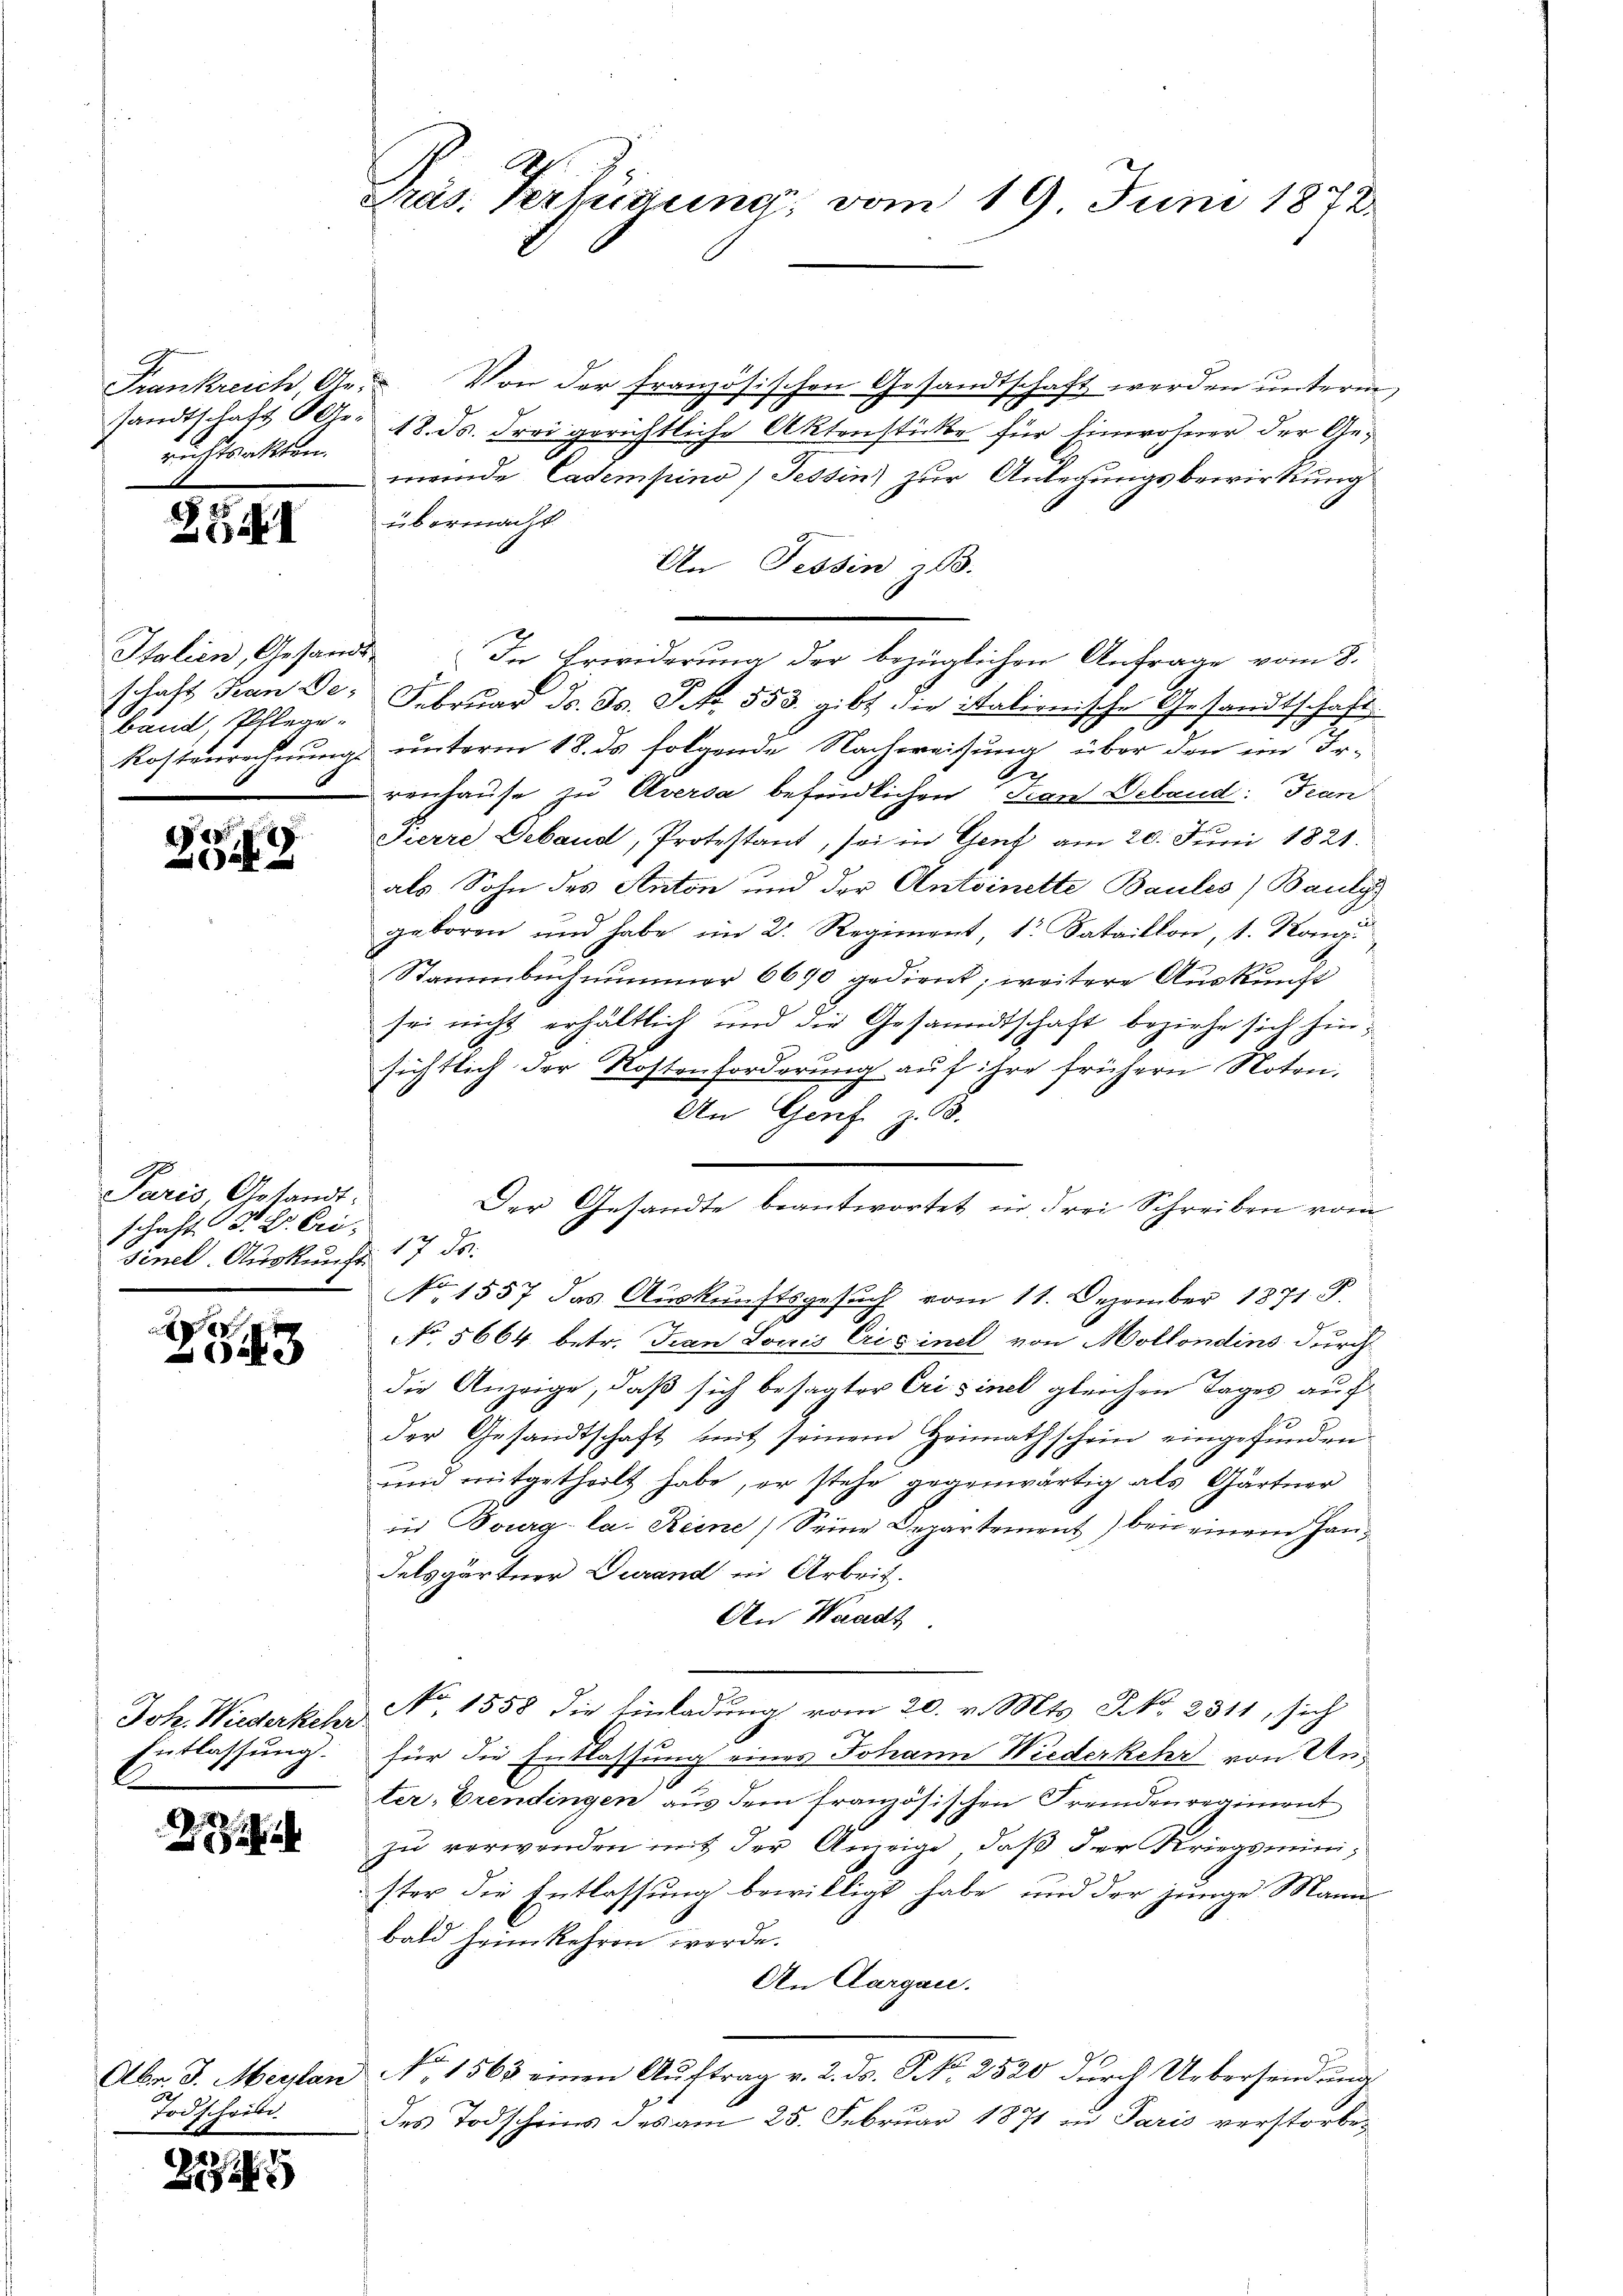
richtsakten.

XI

Italien, Gesandt
band, Pflege-
t

2349

Paris, Arsandt-
schaft d. B. Erisénel. Auskunft 17 ds.

8
043

Entlassung.

2

2
Todschein

2

Frankreich, Ge- Von der französischen Gesandtschaft werden unterm
sandtschaft Uhr. 18. ds. Frei gerichtliche Aktenstückte für Einwohner der Gemeinde Cadempino) Tessin) zur Anlegungsbewirkung
übermacht.
An Tessin z. B.
schaft Hande. Februar d. Js. S. 553. gibt die italienische Gesandtschaft
Kostenrechnung unterm 18. ds folgende Nachweisung über den im Ir-
2
renhause zu Aversa befindlichen Jean Deband: Jean
Pierre Gebaud, Protestant, sei in Genf am 20. Juni 1821.
als Sohn des Anton und der Antoinette Baules) Bauly
geboren und habe im 2. Regiment, 1 Sataillon, 1. Kong.
Stammbuch nummer 6690 gedient; weitere Auskunft
sei nicht erhältlich und die Gesandtschaft beziehe sich hinsichtlich der Kostenforderung auf ihre frühern Noten,
An Genf z. B.
Der Gesandte beantwortet in drei Schreiben vom
No 1557 das Auskunftsgesuch vom 11. Dezember 1871 F.
No 5664. betr. Frau Loris Crisinel von Mollondins durch
die Anzeige, daß sich besagter Crisinel gleichen Tages auf
der Gesandtschaft mit seinem Heimathschein eingefunden.
E
und mitgetheilt habe, er stehe gegenwärtig als Gärtner
in Bourg-la. Reine Seine Departement) bei einem Handelsgärtner Durand in Arbeit.
An Waadt
Joh. Wiederkehr No. 1558 die Einladŭng vom 20. v. Mts. No. 2311, sich
für die Entlassung eines Johann Wiederkehr von Unter, Prendingen aus dem französischen Fremdenregiment
zu verwenden mit der Anzeige, daß der Kriegsminister die Entlassung bewilligt habe, und der junge Mann
bald heimkehren werde.
An Aargau.
Abr. J. Meyten No. 1563 einen Aŭftrag v. 2. ds. No. 2520 durch Uebersendung
des Todscheins des am 25. Februar 1871 in Paris verstorbe¬

Präs. Verhinung, vom 19. Juni 1872

In Erwiderung der bezüglichen Anfrage vom 8.